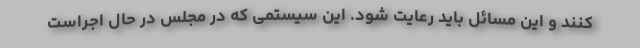
کنند و این مسائل باید رعایت شود. این سیستمی که در مجلس در حال اجراست